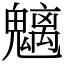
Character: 魑